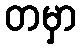
တမှာ